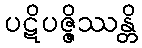
ပဋိပဇ္ဇိဿန္တိ